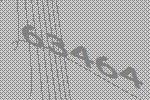
63464